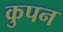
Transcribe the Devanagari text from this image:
कुपन